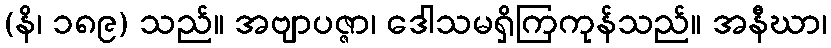
(နိ၊ ၁၈၉) သည်။ အဗျာပဇ္ဇာ၊ ဒေါသမရှိကြကုန်သည်။ အနီဃာ၊